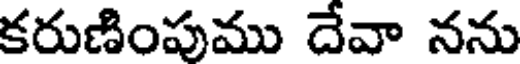
కరుణింపుము దేవా నను